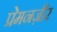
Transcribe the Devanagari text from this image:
प्रेमनज़ीर